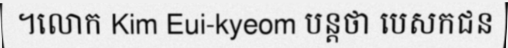
។លោក Kim Eui-kyeom បន្តថា បេសកជន